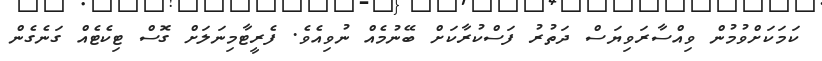
ކަމަކަށްވުމުން ވިއްސާރަވިޔަސް ދަތުރު ފަސްކުރާކަށް ބޭނުމެއް ނުވިއެވެ. ފެރީޓާމިނަލަށް ގޮސް ޓިކެޓެއް ގަނެގެން